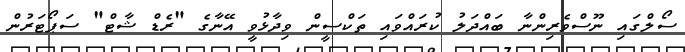
ސޯލްގައި ނޫސްވެރިންނާ ބައްދަލު ކުރައްވައި ތަކްސީން ވިދާޅުވީ އޭނާގެ "ރެޑް ޝާޓް" ސަޕޯޓަރުން